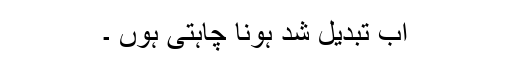
اب تبدیل شد ہونا چاہتی ہوں ۔